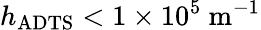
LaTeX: h_{\mathrm{ADTS}}<1\times 10^{5}\ \mathrm{m}^{-1}